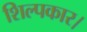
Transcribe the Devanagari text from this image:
शिल्पकार।